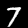
Digit: 7